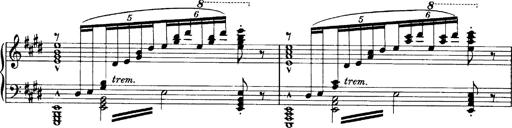
Title: OuvertÃ¼re zu TannhÃ¤user
Composer: Franz Liszt